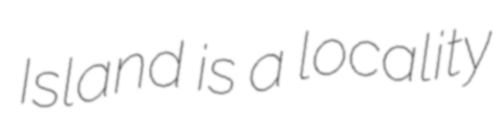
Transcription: Island is a locality